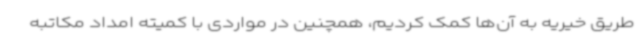
طریق خیریه به آن‌ها کمک کردیم، همچنین در مواردی با کمیته امداد مکاتبه